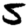
Digit: 5